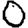
Digit: 0